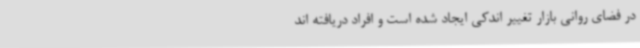
در فضای روانی بازار تغییر اندکی ایجاد شده است و افراد دریافته اند